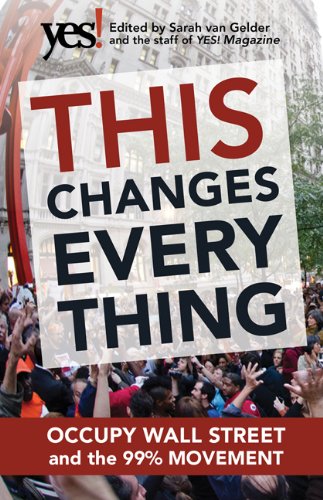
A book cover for This Changes Everything: Occupy Wall Street and the 99% Movement; Business & Money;